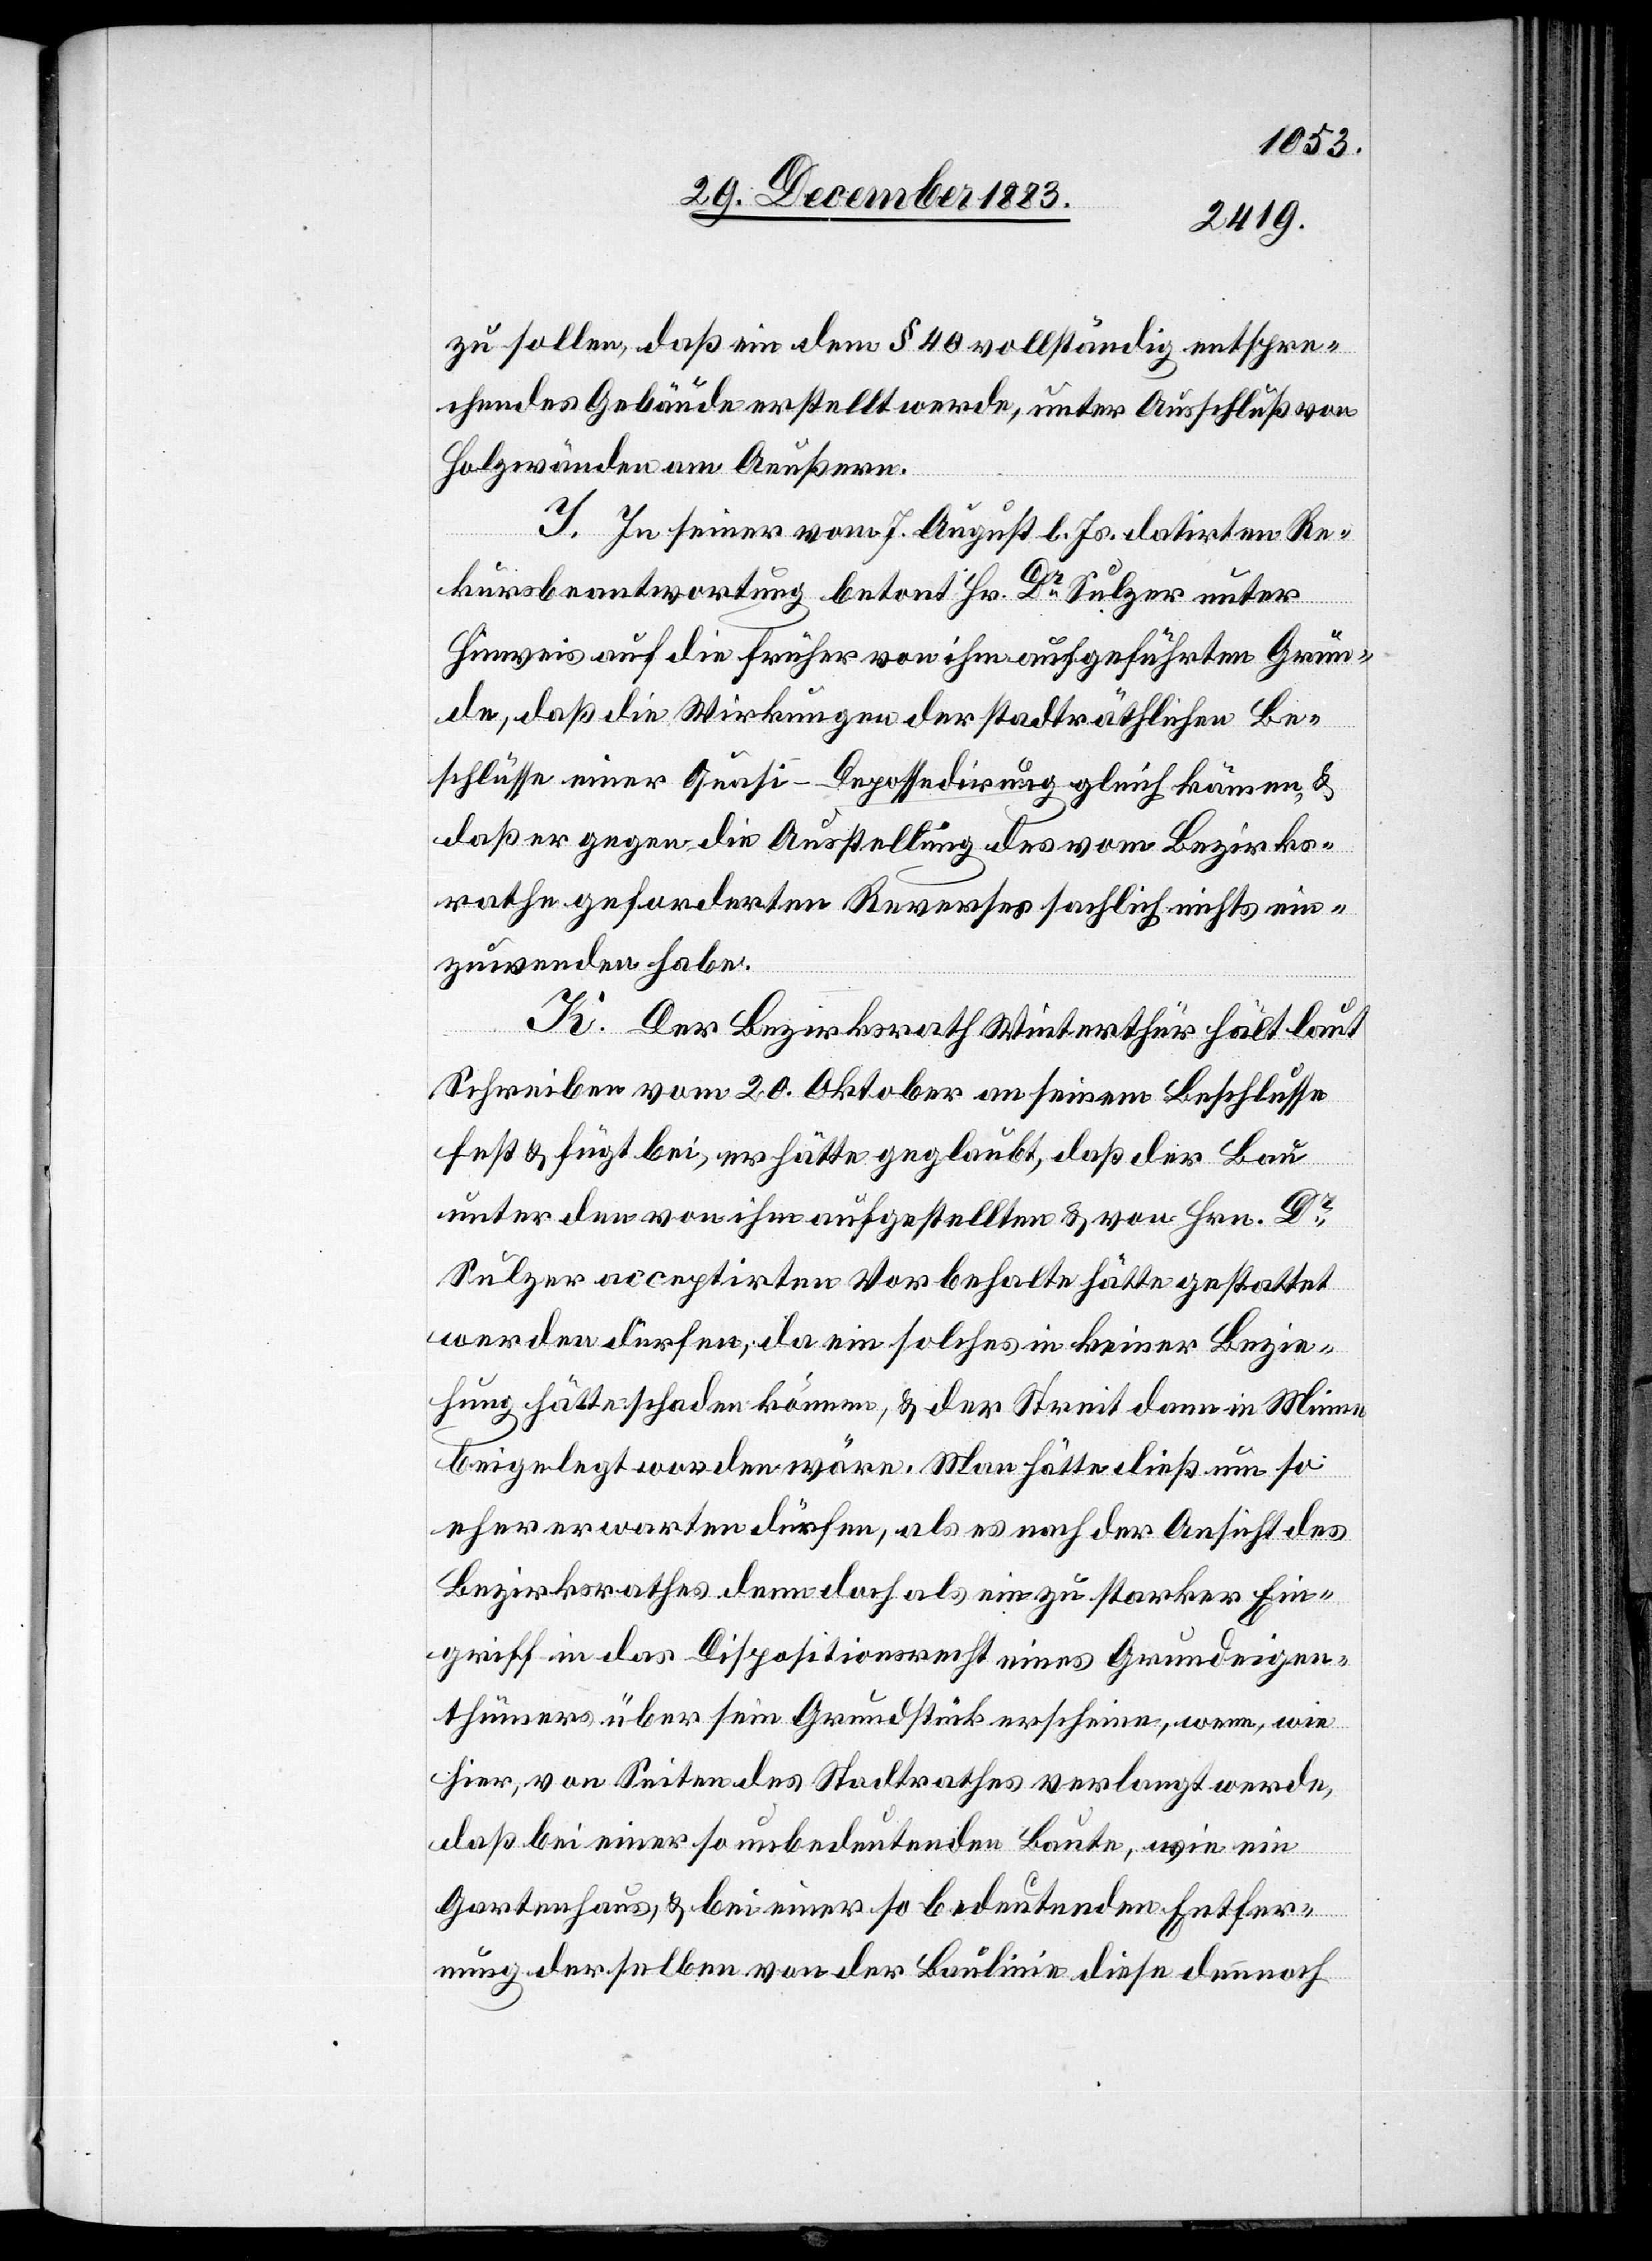
zu sollen, daß ein dem § 40 vollständig entspre¬
chendes Gebäude erstellt werde, unter Ausschluß von
Holzwänden am Aeußern.
I. In seiner vom 7. August l. Js. datirten Re¬
kursbeantwortung betont Hr. Dr Sulzer unter
igen¬
Hinweis auf die früher von ihm aufgeführten Grün¬
de, daß die Wirkungen der stadträthlichen Be¬
schlüsse einer Quasi-Depossedirung gleich kämen &
daß er gegen die Ausstellung des vom Bezirks¬
rathe geforderten Reverses sachlich nichts ein¬
zuwenden habe.
K. Der Bezirksrath Winterthur hält laut
Schreiben vom 20. Oktober an seinem Beschlusse
fest & fügt bei, er hätte geglaubt, daß der Bau
unter den von ihm aufgestellten & von Hrn. Dr
Sulzer acceptirten Vorbehalte hätte gestattet
werden dürfen, da ein solches in keiner Bezie¬
hung hätte schaden können, & der Streit dann in Minne
beigelegt worden wäre. Man hätte dieß um so
eher erwarten dürfen, als ein zu starker Eingriff in das
thümers über sein Grundstück erscheine, wenn, wie
hier, von Seiten des Stadtrathes verlangt werde,
daß bei einer so unbedeutenden Baute, wie ein
Gartenhaus, & bei einer so bedeutenden Entfer¬
nung derselben von der Baulinie diese dennnoch